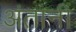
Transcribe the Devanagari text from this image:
अंतानी